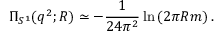
\Pi _ { S ^ { 1 } } ( q ^ { 2 } ; R ) \simeq - { \frac { 1 } { 2 4 \pi ^ { 2 } } } \ln \left( 2 \pi R m \right) .